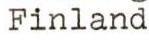
Finland